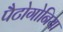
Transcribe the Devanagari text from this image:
पैटोगोनिया